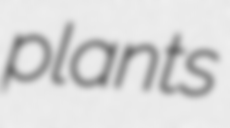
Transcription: plants